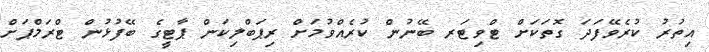
އިތުރު ކުރެވޭފަދަ ގޮތަކަށް ޓްވިޓަރ ބޭނުން ކުރެއްވުމަށް ރިޕަބްލިކަން ޕާޓީގެ ބޭފުޅުން ޓްރަމްޕަށް